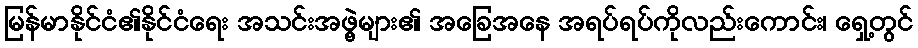
မြန်မာနိုင်ငံ၏နိုင်ငံရေး အသင်းအဖွဲ့များ၏ အခြေအနေ အရပ်ရပ်ကိုလည်းကောင်း၊ ရှေ့တွင်